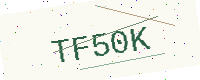
Text: TF50K